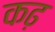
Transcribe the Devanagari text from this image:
कढ़